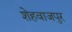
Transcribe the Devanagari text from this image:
शेहवाजपुर